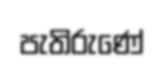
පැතිරුණේ